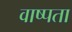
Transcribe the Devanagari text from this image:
वाष्पता